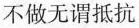
不做无谓抵抗